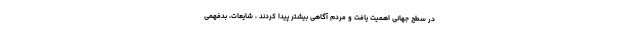
در سطح جهانی اهمیت یافت و مردم آگاهی بیشتر پیدا کردند ، شایعات، بدفهمی